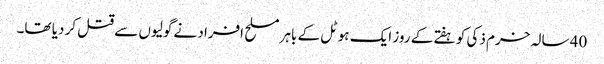
40 سالہ خرم ذکی کو ہفتے کے روز ایک ہوٹل کے باہر مسلح افراد نے گولیوں سے قتل کر دیا تھا۔